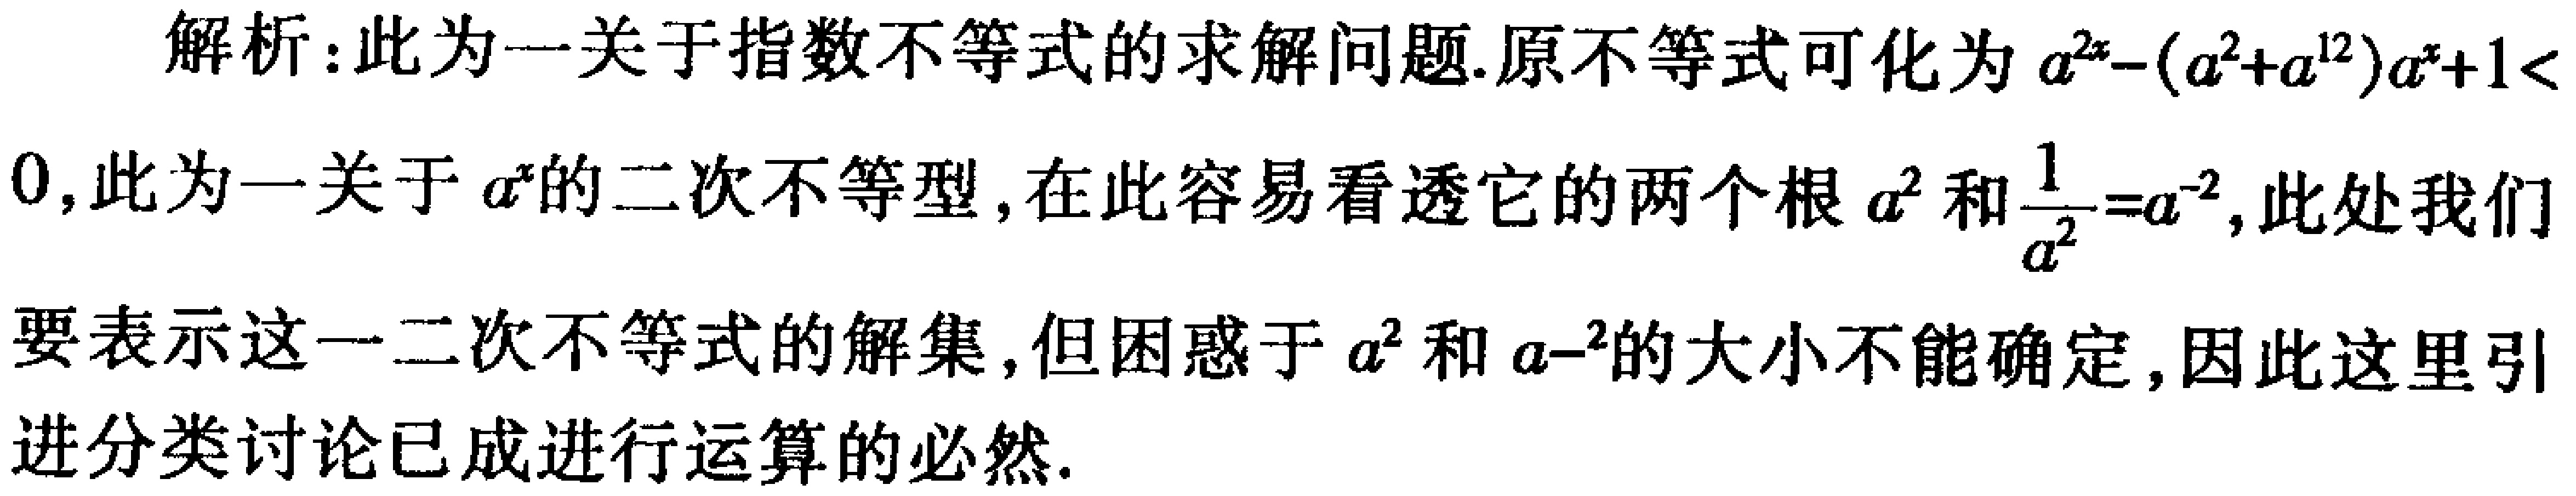
解析：此为一关于指数不等式的求解问题.原不等式可化为\(a^{2x}-(a^{2}+a^{- 2})a^{x}+1<0\)，此为一关于\(a^{x}\)的二次不等型，在此容易看透它的两个根\(a^{2}\)和\(\frac{1}{a^{2}} = a^{-2}\)，此处我们要表示这一二次不等式的解集，但困惑于\(a^{2}\)和\(a^{-2}\)的大小不能确定，因此这里引进分类讨论已成进行运算的必然.